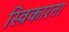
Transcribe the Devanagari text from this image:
स्विकारता